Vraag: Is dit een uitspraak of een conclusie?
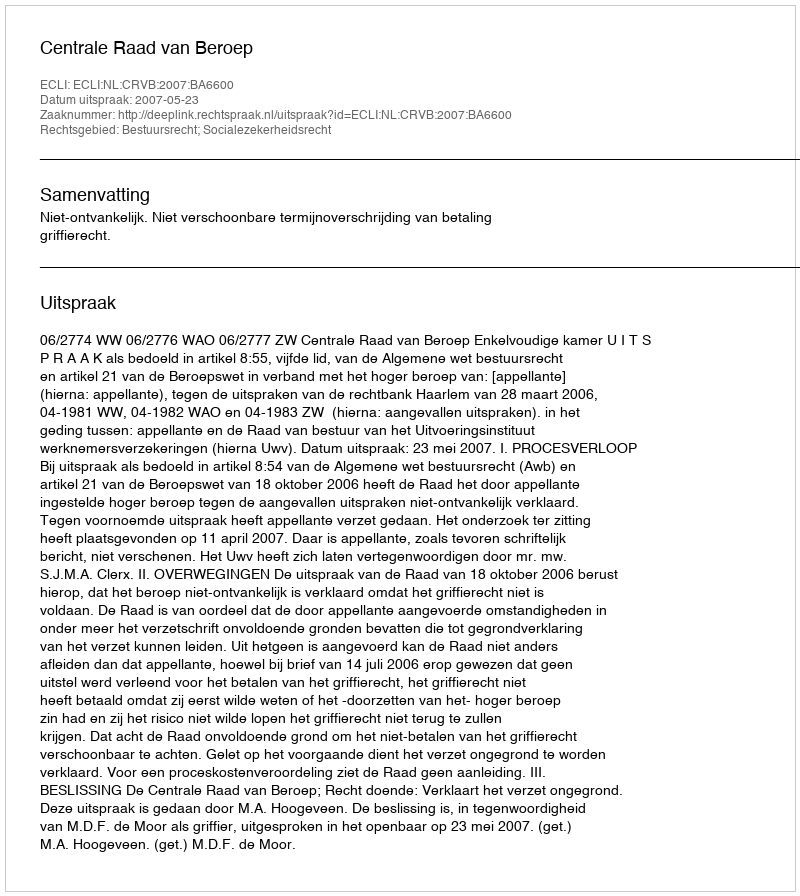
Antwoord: Uitspraak